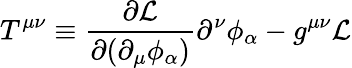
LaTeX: T^{\mu\nu}\equiv{\frac{\partial{\mathcal{L}}}{\partial(\partial_{\mu}\phi_{\alpha})}}\partial^{\nu}\phi_{\alpha}-g^{\mu\nu}{\mathcal{L}}